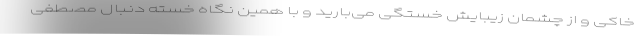
خاکی و از چشمان زیبایش خستگی می‌بارید و با همین نگاه خسته دنبال مصطفی